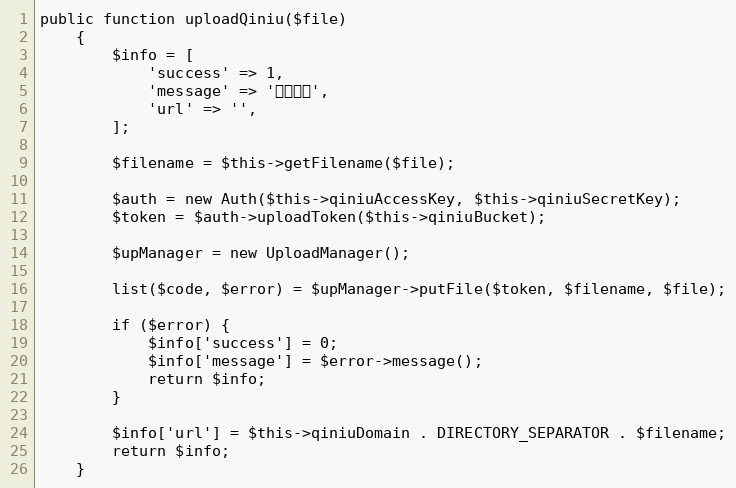
Language: PHP
public function uploadQiniu($file)
    {
        $info = [
            'success' => 1,
            'message' => '上传成功',
            'url' => '',
        ];

        $filename = $this->getFilename($file);

        $auth = new Auth($this->qiniuAccessKey, $this->qiniuSecretKey);
        $token = $auth->uploadToken($this->qiniuBucket);

        $upManager = new UploadManager();

        list($code, $error) = $upManager->putFile($token, $filename, $file);

        if ($error) {
            $info['success'] = 0;
            $info['message'] = $error->message();
            return $info;
        }

        $info['url'] = $this->qiniuDomain . DIRECTORY_SEPARATOR . $filename;
        return $info;
    }